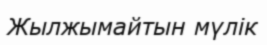
Жылжымайтын мүлік